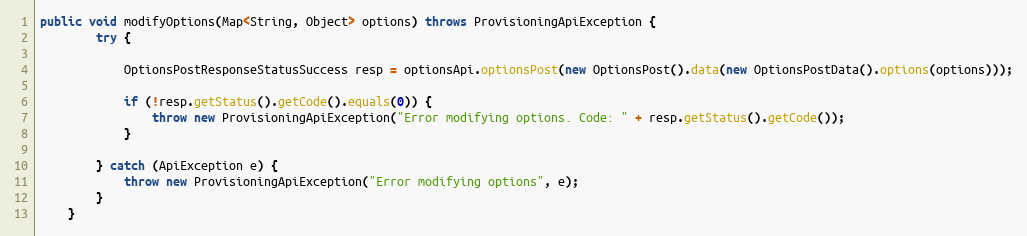
Language: Java
public void modifyOptions(Map<String, Object> options) throws ProvisioningApiException {
        try {

            OptionsPostResponseStatusSuccess resp = optionsApi.optionsPost(new OptionsPost().data(new OptionsPostData().options(options)));

            if (!resp.getStatus().getCode().equals(0)) {
                throw new ProvisioningApiException("Error modifying options. Code: " + resp.getStatus().getCode());
            }

        } catch (ApiException e) {
            throw new ProvisioningApiException("Error modifying options", e);
        }
    }